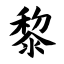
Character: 黎